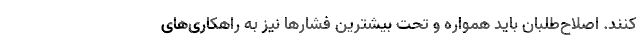
کنند. اصلاح‌طلبان باید همواره و تحت بیشترین فشارها نیز به راهکاری‌های